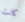
كانت